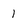
Character: 1